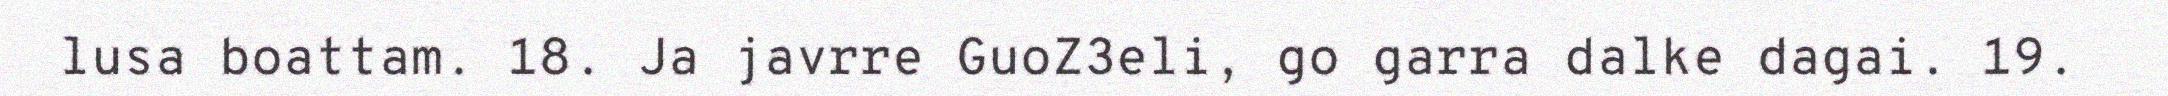
lusa boattam. 18. Ja javrre GuoZ3eli, go garra dalke dagai. 19.